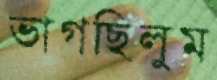
ভাগছিলুম